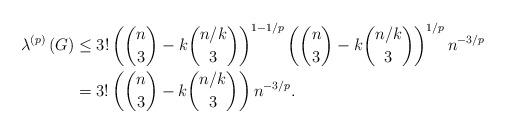
LaTeX: \begin{align*}\lambda^{\left( p\right) }\left( G\right) & \leq3!\left( \binom{n}{3}-k\binom{n/k}{3}\right) ^{1-1/p}\left( \binom{n}{3}-k\binom{n/k}{3}\right) ^{1/p}n^{-3/p}\\& =3!\left( \binom{n}{3}-k\binom{n/k}{3}\right) n^{-3/p}.\end{align*}